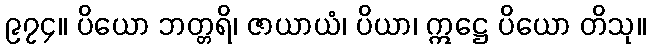
၉၇၄။ ပိယော ဘတ္တရိ၊ ဇာယာယံ၊ ပိယာ၊ ဣဋ္ဌေ ပိယော တိသု။